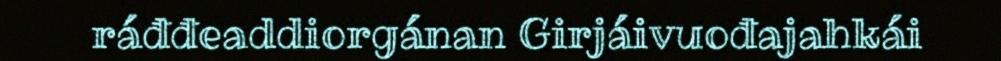
ráđđeaddiorgánan Girjáivuođajahkái